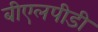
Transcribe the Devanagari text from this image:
बीएलपीडी